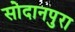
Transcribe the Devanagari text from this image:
सोदानपुरा